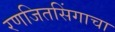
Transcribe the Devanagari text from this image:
रणजितसिंगाचा